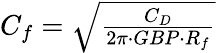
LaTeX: \begin{array}{r}{C_{f}=\sqrt{\frac{C_{D}}{2\pi\cdot GBP\cdot R_{f}}}}\end{array}